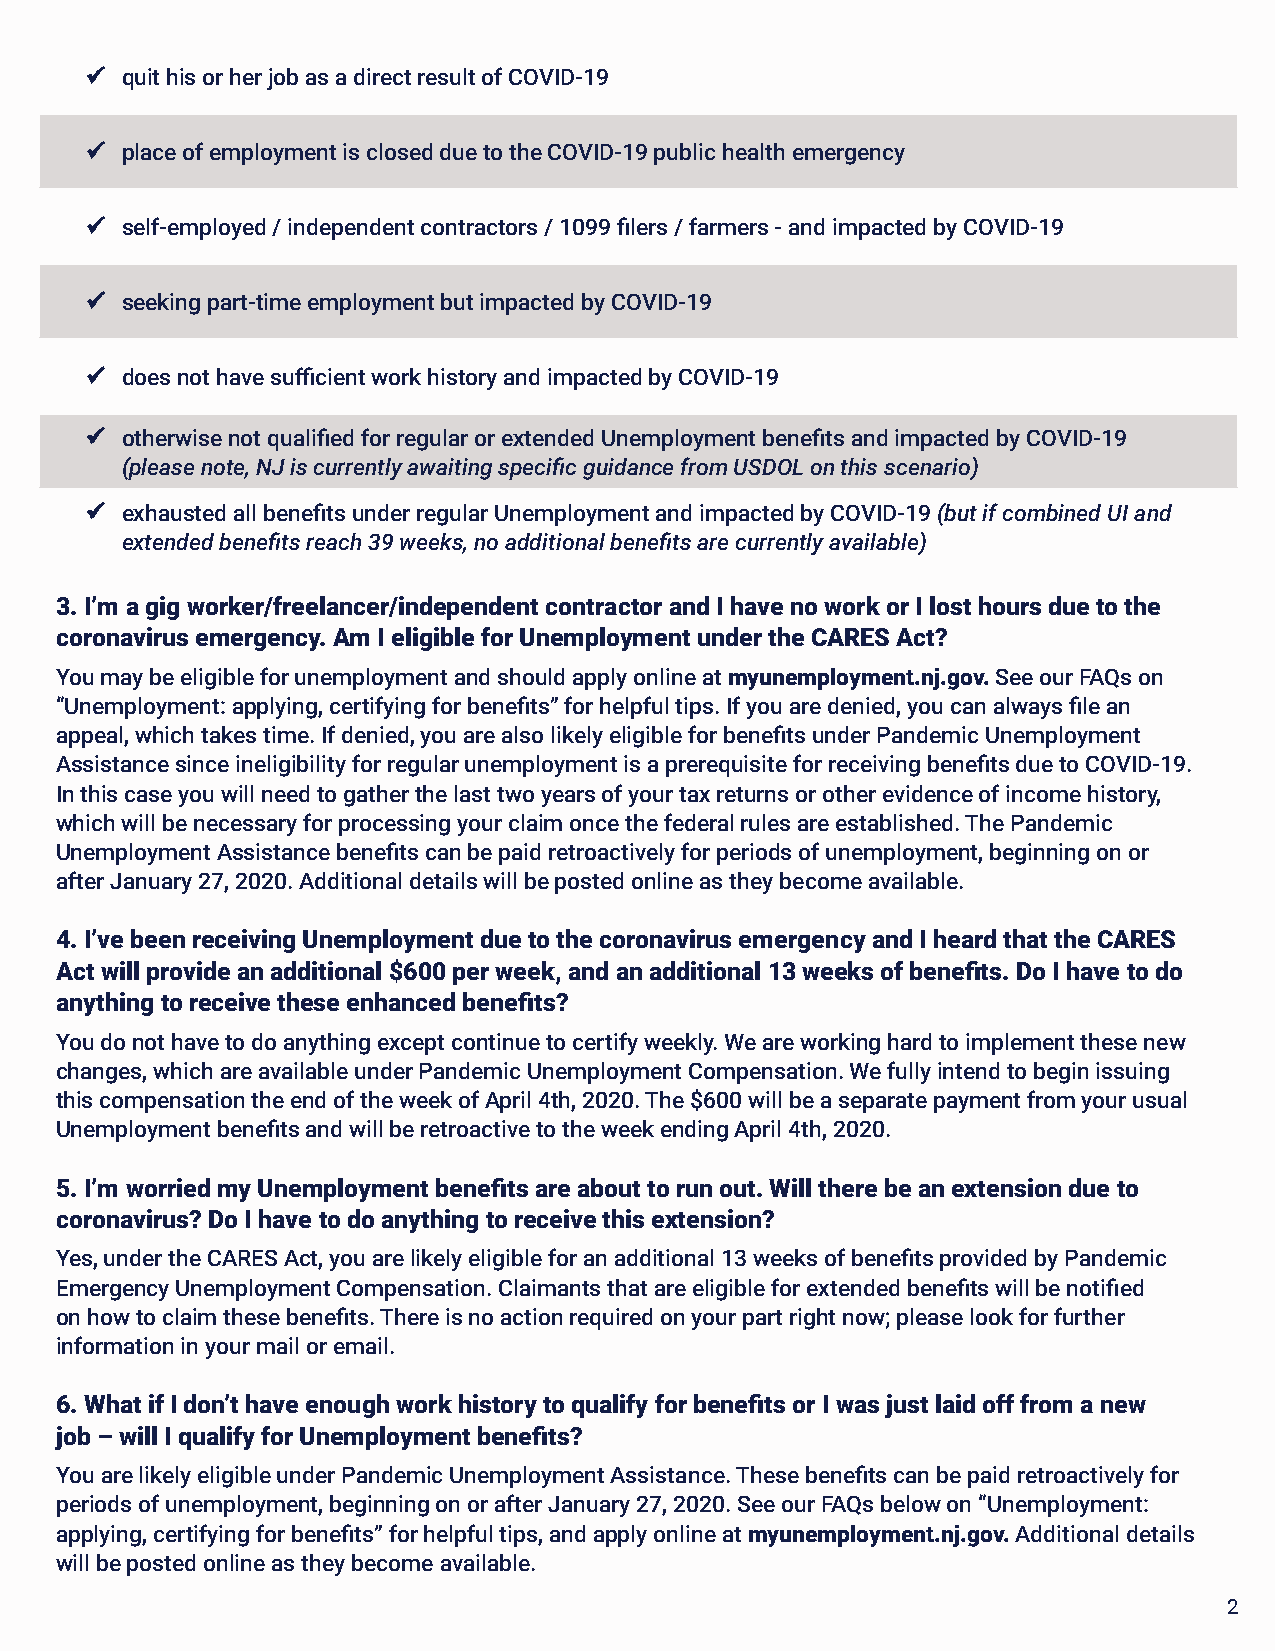
 quit his or her job as a direct result of COVID-19
  place of employment is closed due to the COVID-19 public health emergency
  self-employed / independent contractors / 1099 filers / farmers - and impacted by COVID-19
  seeking part-time employment but impacted by COVID-19
  does not have sufficient work history and impacted by COVID-19
  otherwise not qualified for regular or extended Unemployment benefits and impacted by COVID-19
 (please note, NJ is currently awaiting specific guidance from USDOL on this scenario)
  exhausted all benefits under regular Unemployment and impacted by COVID-19 (but if combined UI and
 extended benefits reach 39 weeks, no additional benefits are currently available)
 3. I’m a gig worker/freelancer/independent contractor and I have no work or I lost hours due to the
 coronavirus emergency. Am I eligible for Unemployment under the CARES Act?
 You may be eligible for unemployment and should apply online at myunemployment.nj.gov. See our FAQs on
 “Unemployment: applying, certifying for benefits” for helpful tips. If you are denied, you can always file an
 appeal, which takes time. If denied, you are also likely eligible for benefits under Pandemic Unemployment
 Assistance since ineligibility for regular unemployment is a prerequisite for receiving benefits due to COVID-19.
 In this case you will need to gather the last two years of your tax returns or other evidence of income history,
 which will be necessary for processing your claim once the federal rules are established. The Pandemic
 Unemployment Assistance benefits can be paid retroactively for periods of unemployment, beginning on or
 after January 27, 2020. Additional details will be posted online as they become available.
 4. I’ve been receiving Unemployment due to the coronavirus emergency and I heard that the CARES
 Act will provide an additional $600 per week, and an additional 13 weeks of benefits. Do I have to do
 anything to receive these enhanced benefits?
 You do not have to do anything except continue to certify weekly. We are working hard to implement these new
 changes, which are available under Pandemic Unemployment Compensation. We fully intend to begin issuing
 this compensation the end of the week of April 4th, 2020. The $600 will be a separate payment from your usual
 Unemployment benefits and will be retroactive to the week ending April 4th, 2020.
 5. I’m worried my Unemployment benefits are about to run out. Will there be an extension due to
 coronavirus? Do I have to do anything to receive this extension?
 Yes, under the CARES Act, you are likely eligible for an additional 13 weeks of benefits provided by Pandemic
 Emergency Unemployment Compensation. Claimants that are eligible for extended benefits will be notified
 on how to claim these benefits. There is no action required on your part right now; please look for further
 information in your mail or email.
 6. What if I don’t have enough work history to qualify for benefits or I was just laid off from a new
 job – will I qualify for Unemployment benefits?
 You are likely eligible under Pandemic Unemployment Assistance. These benefits can be paid retroactively for
 periods of unemployment, beginning on or after January 27, 2020. See our FAQs below on “Unemployment:
 applying, certifying for benefits” for helpful tips, and apply online at myunemployment.nj.gov. Additional details
 will be posted online as they become available.
 2